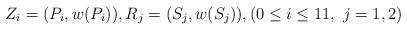
LaTeX: \begin{align*}Z_i=(P_i,w(P_i)), R_j=(S_j,w(S_j)), (0\le i\le 11, \ j=1,2)\end{align*}